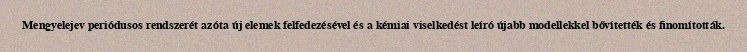
Mengyelejev periódusos rendszerét azóta új elemek felfedezésével és a kémiai viselkedést leíró újabb modellekkel bővítették és finomították.